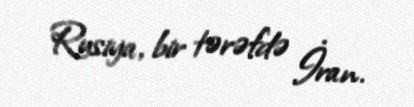
Rusiya, bir tərəfdə İran.